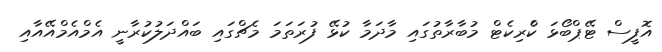
އޮފީސް ޓޭޕްބޯޅަ ކްެރިކެޓް މުބާރާތުގައި މާދަމާ ކުޅޭ ފުރަތަމަ މެޗްގައި ބައްދަލުކުރާނީ އެމްއެމްއޭއާއި